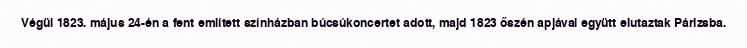
Végül 1823. május 24-én a fent említett színházban búcsúkoncertet adott, majd 1823 őszén apjával együtt elutaztak Párizsba.